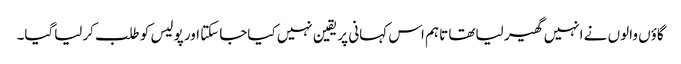
گاؤں والوں نے انہیں گھیر لیاتھا تاہم اس کہانی پر یقین نہیں کیاجاسکتا اور پولیس کو طلب کرلیاگیا۔